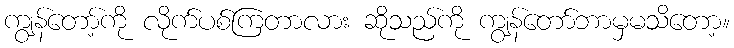
ကျွန်တော့်ကို လိုက်ပစ်ကြတာလား ဆိုသည်ကို ကျွန်တော်ဘာမှမသိတော့။